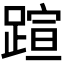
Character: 𬧂